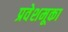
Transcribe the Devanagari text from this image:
प्रवेशमूका